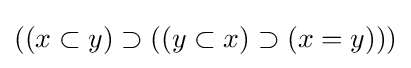
((x\subset y)\supset ((y\subset x)\supset (x=y)))